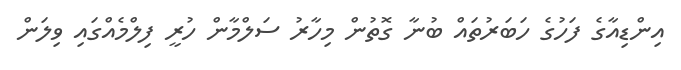
އިންޑިއާގެ ފަހުގެ ހަބަރުތައް ބުނާ ގޮތުން މިހާރު ސަލްމާން ހުރީ ފިލްމެއްގައި ވިލަން